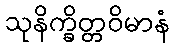
သုနိက္ခိတ္တဝိမာနံ